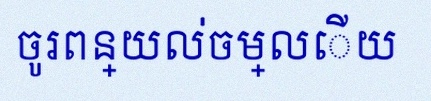
ចូរពន្យល់ចម្លើយ